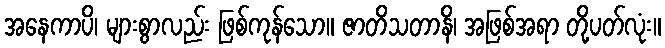
အနေကာပိ၊ များစွာလည်း ဖြစ်ကုန်သော။ ဇာတိသတာနိ၊ အဖြစ်အရာ တို့ပတ်လုံး။